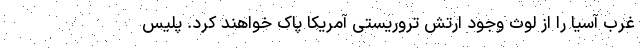
غرب آسیا را از لوث وجود ارتش تروریستی آمریکا پاک خواهند کرد. پلیس